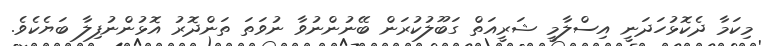
މިކަމާ ދެކޮޅުހަދަނީ އިސްލާމީ ޝަރީއަތް ގަބޫލުކުރަން ބޭނުންނުވާ ނުވަތަ ތަންދޮރު އޮޅުންނުފިލާ ބަޔެކެވެ.